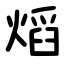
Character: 熖